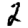
Digit: 2